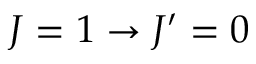
J = 1 \rightarrow J ^ { \prime } = 0